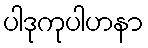
ပါဒုကုပါဟနာ